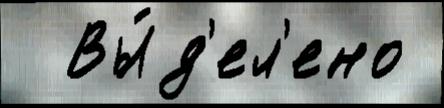
  Вы́д'ел'ено